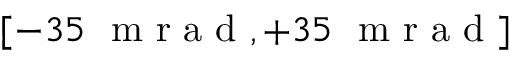
[ - 3 5 \ \textrm { m r a d } , + 3 5 \ \textrm { m r a d } ]